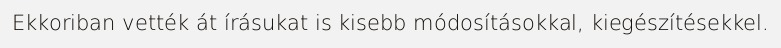
Ekkoriban vették át írásukat is kisebb módosításokkal, kiegészítésekkel.